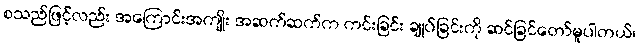
စသည်ဖြင့်လည်း အကြောင်းအကျိုး အဆက်ဆက်က ကင်းခြင်း ချုပ်ခြင်းကို ဆင်ခြင်တော်မူပါတယ်၊